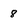
Character: 8